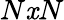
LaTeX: N\mathit{x}N